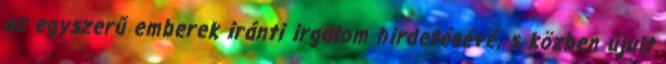
az egyszerű emberek iránti irgalom hirdetésévé, s közben újult